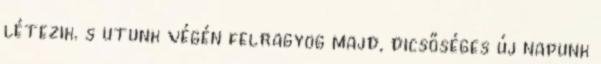
létezik. s utunk végén felragyog majd, dicsőséges új napunk